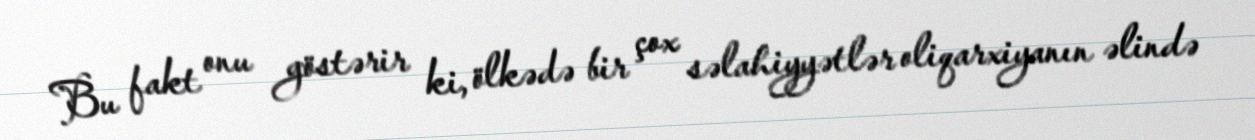
Bu fakt onu göstərir ki, ölkədə bir çox səlahiyyətlər oliqarxiyanın əlində